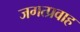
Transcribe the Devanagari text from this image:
जगत्प्रवाह